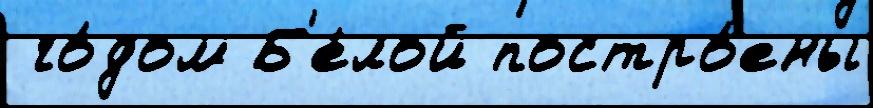
 го́дом Б'е́лой постро́ены